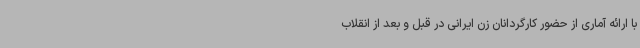
با ارائه آماری از حضور کارگردانان زن ایرانی در قبل و بعد از انقلاب